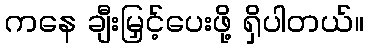
ကနေ ချီးမြှင့်ပေးဖို့ ရှိပါတယ်။